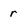
Character: r